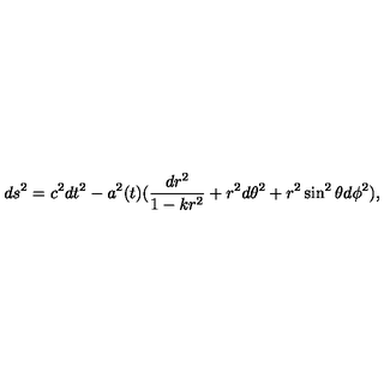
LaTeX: d s ^ { 2 } = c ^ { 2 } d t ^ { 2 } - a ^ { 2 } ( t ) ( \frac { d r ^ { 2 } } { 1 - k r ^ { 2 } } + r ^ { 2 } d \theta ^ { 2 } + r ^ { 2 } \sin ^ { 2 } \theta d \phi ^ { 2 } ) ,